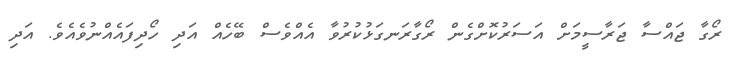
ރޯގާ ޖައްސާ ޖަރާސީމަށް އަސަރުކޮށްގެން ރޯގާރަނގަޅުކުރުވާ އެއްވެސް ބޭހެއް އަދި ހޯދިފައެއްނުވެއެވެ. އަދި